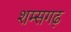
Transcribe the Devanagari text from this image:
शम्सगढ़